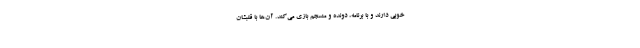
خوبی دارند و با برنامه، دونده و منسجم بازی می‌کند. آن‌ها با قلبشان